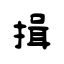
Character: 揖